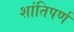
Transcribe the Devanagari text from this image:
शांतिपर्ण